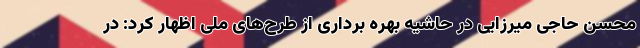
محسن حاجی میرزایی در حاشیه بهره برداری از طرح‌های ملی اظهار کرد: در